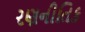
રણનીતિક